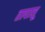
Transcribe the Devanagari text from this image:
तापासू